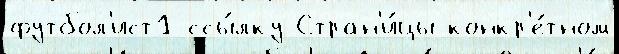
футбол'ист1 ссы́лку Стран'и́цы конкр'е́тном